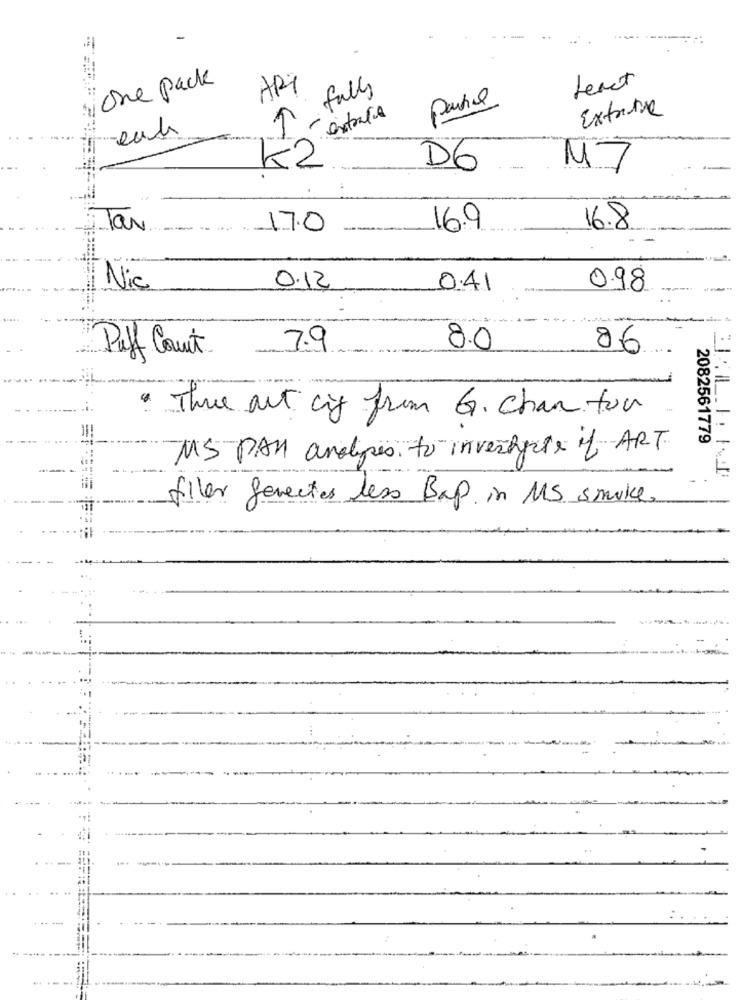
One pack
text
ART
3 falls
Patil
Extratre
K2
5
D6
Tar
17.0
16.9
16.8
Nic
0.12
0.41
0.98
7.9
8.0
86
Puff Court
· The art cy from G. chan for
2082561779
MS PAN analipes. to investycle if ART.
filler ferentes less Bap in MS smoke.